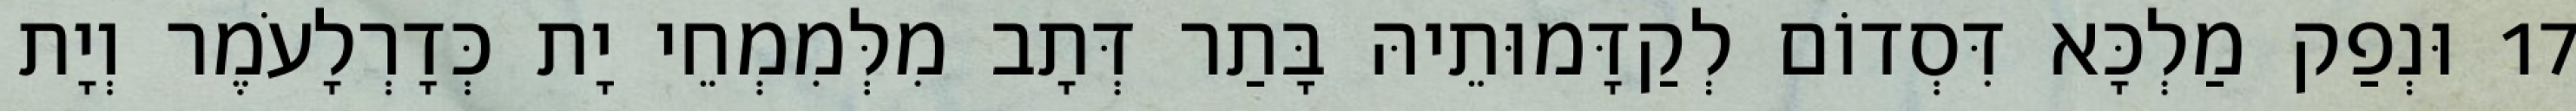
17 וּנְפַק מַלְכָּא דִּסְדוֹם לְקַדָּמוּתֵיהּ בָּתַר דְּתָב מִלְּמִמְחֵי יָת כְּדָרְלָעֹמֶר וְיָת